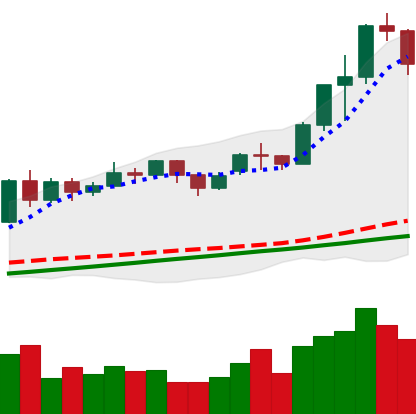
Ticker: ETH-USD
Chart end date: 2020-11-25
Forward return: 7.737%
Label: up_7plus